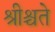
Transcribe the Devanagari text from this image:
श्रीश्चते